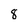
Character: 8